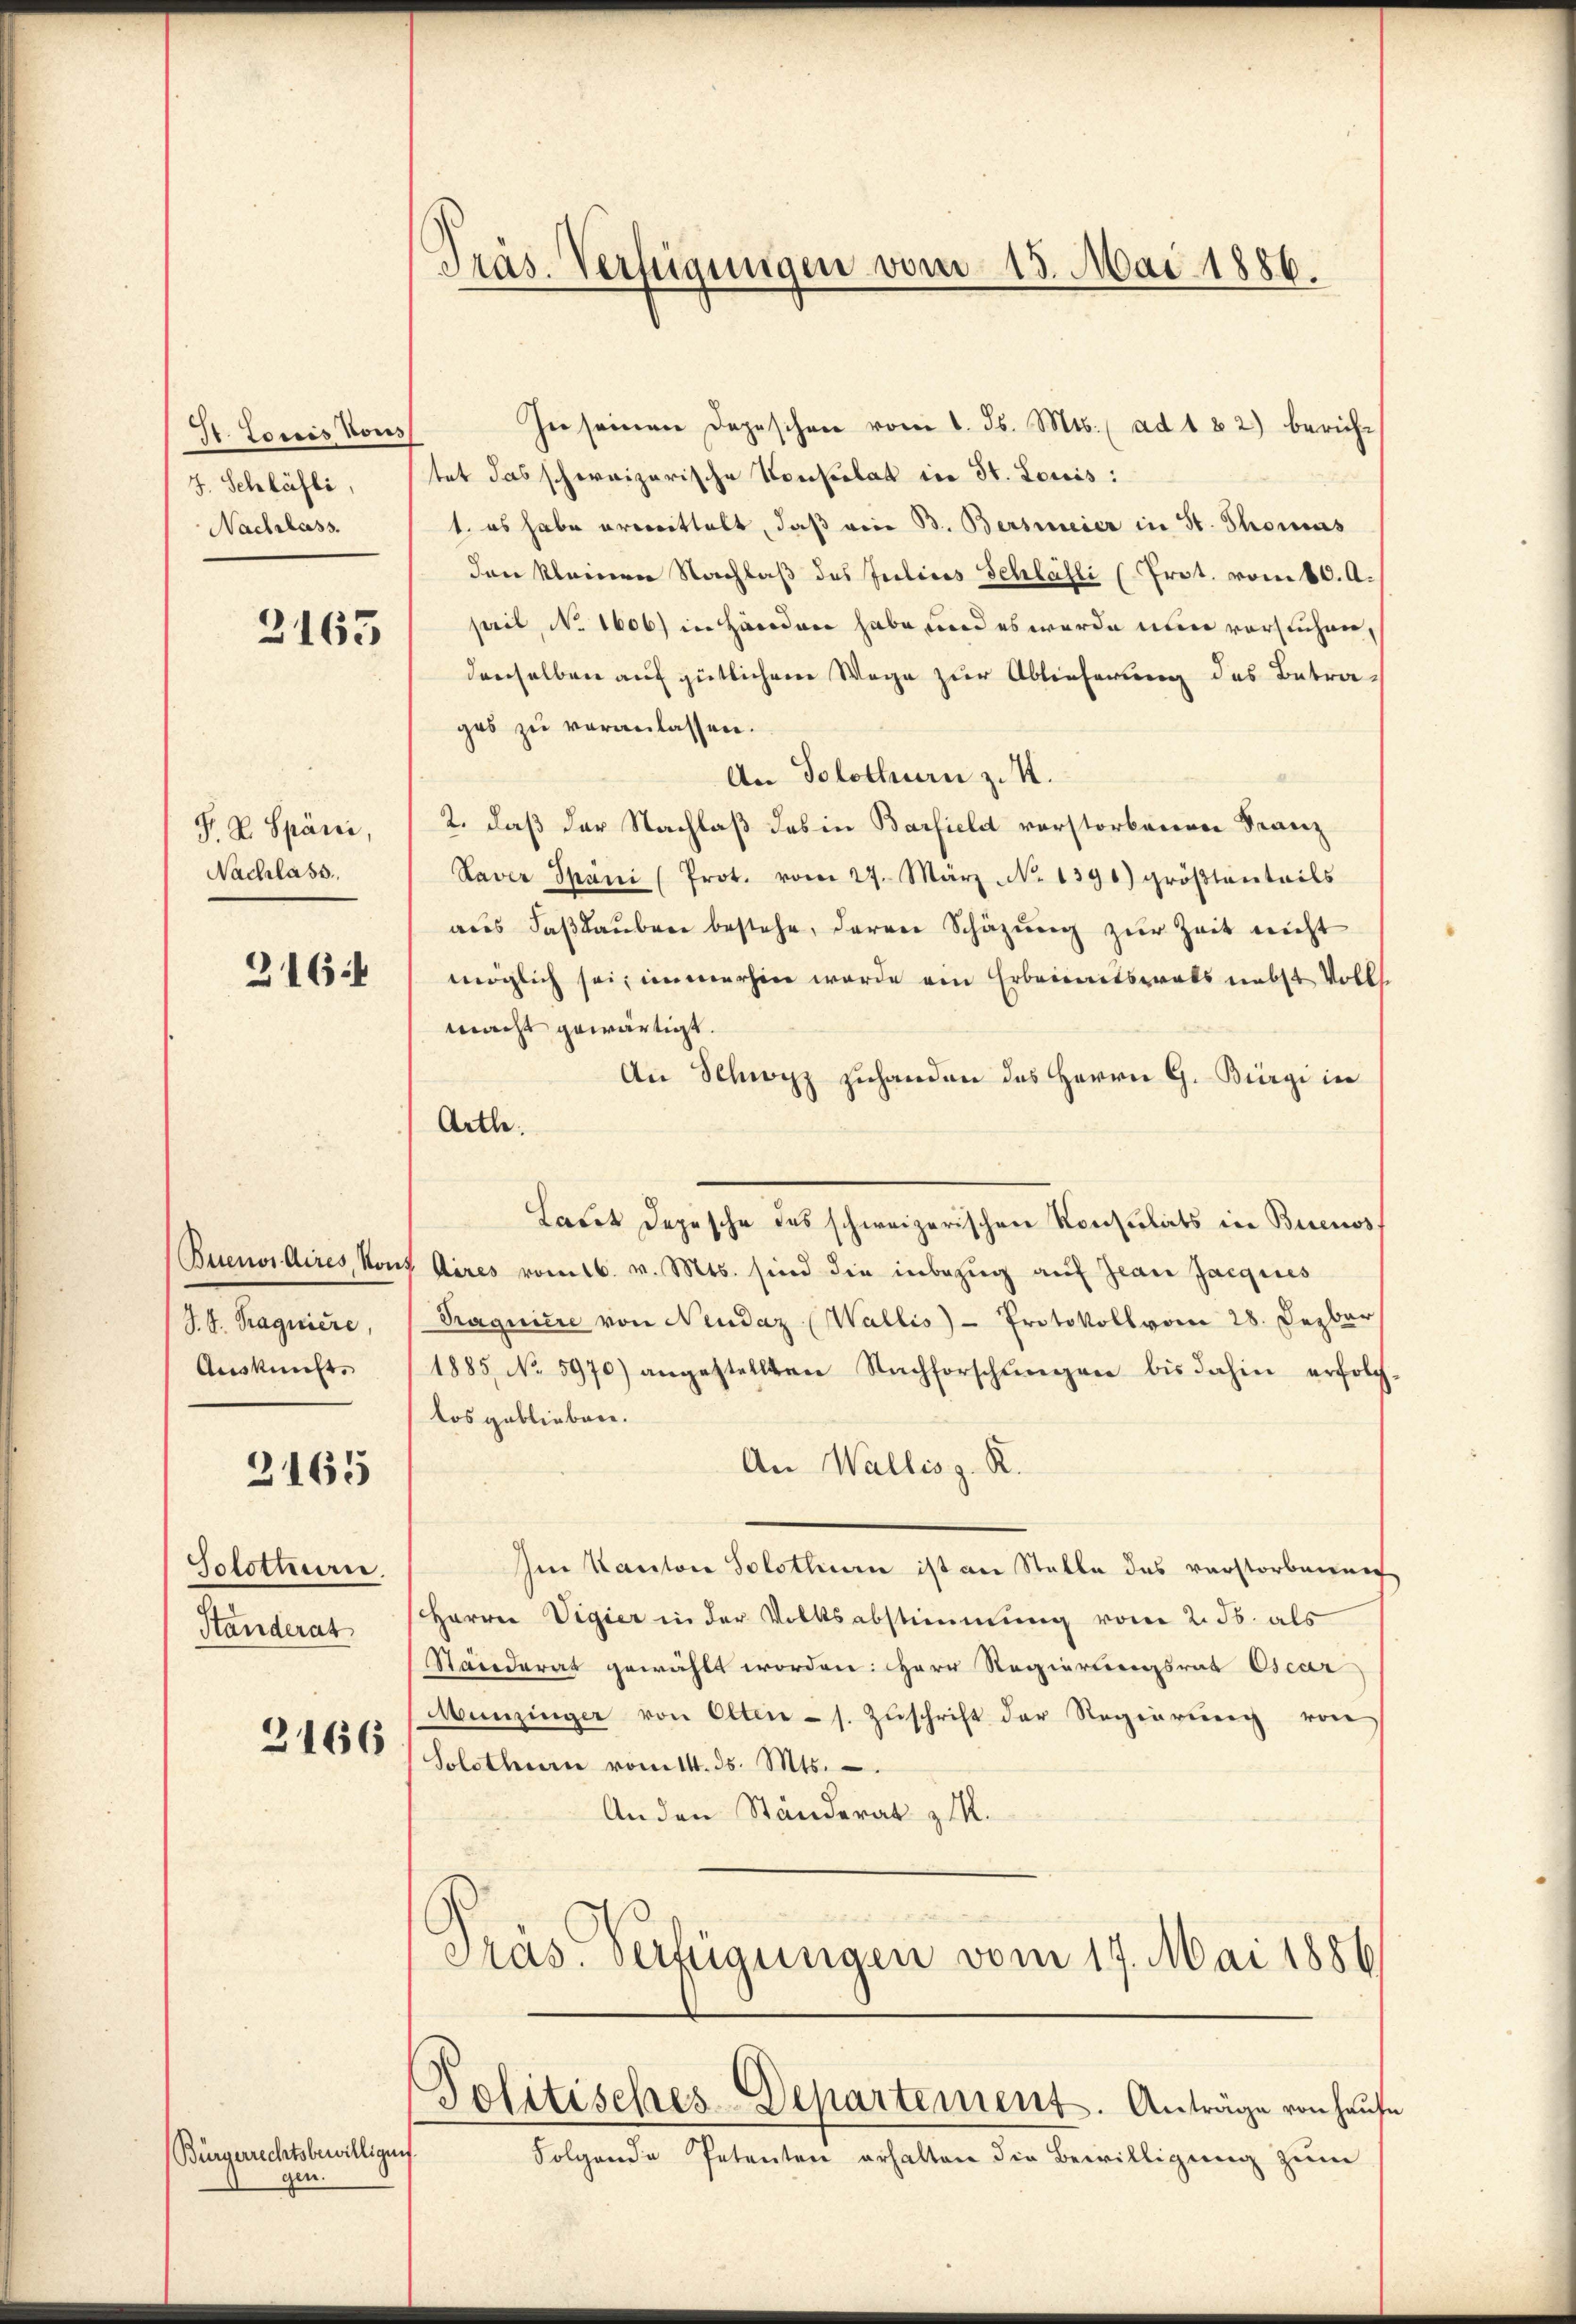
St. Loris Vous
7. Schläfli,
Nachlass.

2163

F. P. Spörri,
Nachlass

216

Buenos Aires Kont
S. J. Traguiere,
Auskunft.

3165

Solothurn.
Standerat

3166

Bürgerrechtsbewilligung
gen.

Präs. Verfügungen vom 15. Mai 1886.

In seinen Depeschen vom 1. Js. Mts. ad 182) berichtet das schweizerische Konsulat in St. Louis:
1. es habe erwittelt, daß ein B. Bersmeier in St. Thomas
den kleinen Nachlaß des Julines Schlätli (Prot. vom 10. A.
pril, No 1606) in Händen habe und es wurde nun vorsuchen,
denselben auf gütlichem Wege zur Ablieferung des Betrages zu veranlassen.
An Solothurn z. K.
2. daß der Nachlaß des in Barfield verstorbenen Franz
Haver Spani (Prot. vom 27. März No. 1390) gröβtanteils
aus Faβlaŭben bestehe, daran Schäzŭng zŭr Zeit nicht
möglich sei, immerhin werde ein Erbeinets als nebst Volks
macht gewärtigt.
An Schwyz zuhanden des Herrn G. Bürgi in
Artle.
Ladet Depesche des schweizerischen Konsulats in Buenos
Aires vomtb. v. Mts. sind die inbezug auf Jean Jacques
Saquière von Neudaz (Wallis) - Protokoll vom 28. Dezbr
1885 No 5970) angestellten Nachforschŭngen bis dahin erfolg.
los geblieben.
An Wallis z. R.
Im Kanton Solothurn ist an Stalle des verstorbenen
Herrn Vigier in der Volksabstimmung vom 2. ds. als
Ständerat gewählt worden: Herr Regierungsrat Oscar
Munzinger von Olten - s. Zŭschrift der Regierŭng von
Solothurn vom 14. ds. Mts.
Anden Ständerat zu.
Präs. Verfügungen vom 17. Mai 1886
Politisches-Departement. Anträge von Haŭse
Folgende Petenten erhalten die Bewilligung zum